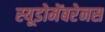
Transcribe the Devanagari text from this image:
स्यूडोमेंबरेनस